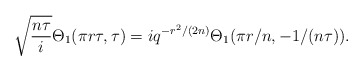
\begin{align*}\sqrt{\frac{n\tau}{i}}\Theta_1(\pi r \tau,\tau)=iq^{-r^2/(2n)}\Theta_1 (\pi r/n,-1/(n\tau)).\end{align*}